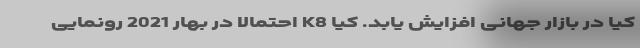
کیا در بازار جهانی افزایش یابد. کیا K8 احتمالا در بهار 2021 رونمایی